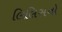
લિલિસનો